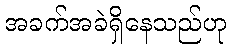
အခက်အခဲရှိနေသည်ဟု